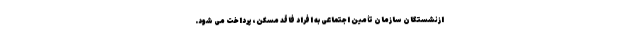
ازنشستگان سازمان تأمین اجتماعی به افراد فاقد مسکن، پرداخت می شود.